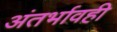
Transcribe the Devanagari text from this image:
अंतर्भावही